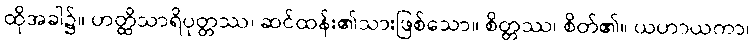
ထိုအခါ၌။ ဟတ္ထိသာရိပုတ္တဿ၊ ဆင်ထန်း၏သားဖြစ်သော။ စိတ္တဿ၊ စိတ်၏။ ယဟာယကာ၊